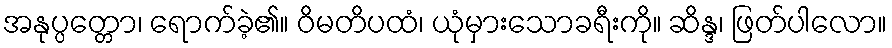
အနုပ္ပတ္တော၊ ရောက်ခဲ့၏။ ဝိမတိပထံ၊ ယုံမှားသောခရီးကို။ ဆိန္ဒ၊ ဖြတ်ပါလော။